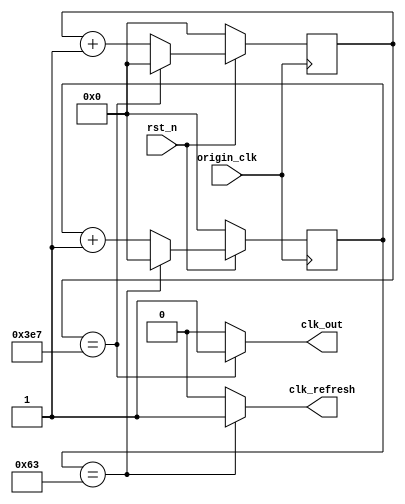
`timescale 1ns/1ps

module Clock_divider (clk_out, clk_refresh, origin_clk, rst_n);

input origin_clk;
input rst_n;
output clk_out;
output clk_refresh;

parameter CLK_PER_OUT = 1_000 - 1;     // 1M clk / sec
parameter CLK_PER_REFRESH = 100 - 1;  // 1M clk / sec

// parameter CLK_PER_OUT = 100;     // 1M clk / sec
// parameter CLK_PER_REFRESH = 10;  // 1M clk / sec

reg [32-1:0] cnt_out;      // origin_clk => 1 clk_out
reg [32-1:0] cnt_refresh;  // origin_clk => 1 clk_refresh 

// Sequential
always @(posedge origin_clk) begin
    if (rst_n == 1'b0) begin
        cnt_out <= 32'b0;
        cnt_refresh <= 32'b0;
    end
    else begin
        if (cnt_out == CLK_PER_OUT) begin
            cnt_out <= 32'b0;
        end
        else begin
            cnt_out <= cnt_out + 32'b1;
        end
        if (cnt_refresh == CLK_PER_REFRESH) begin
            cnt_refresh <= 32'b0;
        end
        else begin
            cnt_refresh <= cnt_refresh + 32'b1;
        end
    end
end

assign clk_out = (cnt_out == CLK_PER_OUT) ? 1'b1 : 1'b0;
assign clk_refresh = (cnt_refresh == CLK_PER_REFRESH) ? 1'b1 : 1'b0;

endmodule